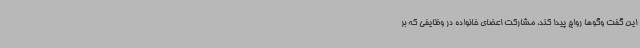
این گفت وگوها رواج پیدا کند، مشارکت اعضای خانواده در وظایفی که بر